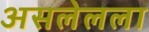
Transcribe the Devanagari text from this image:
असलेलला